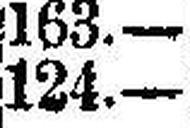
124.—